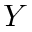
Y